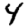
Digit: 4